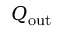
Q _ { \mathrm { { o u t } } }